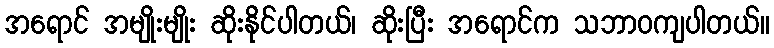
အရောင် အမျိုးမျိုး ဆိုးနိုင်ပါတယ်၊ ဆိုးပြီး အရောင်က သဘာဝကျပါတယ်။